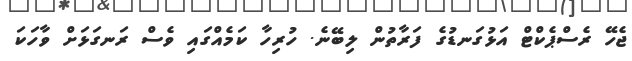
ޖެހޭ ރެސްޕެކްޓް އަޅުގަނޑުގެ ފަރާތުން ލިބޭނެ. ހުރިހާ ކަމެއްގައި ވެސް ރަނގަޅަށް ވާހަކަ